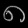
Digit: ၈